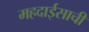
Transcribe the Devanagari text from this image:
महदाईसाची